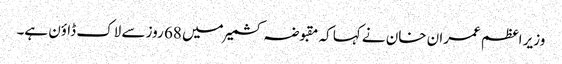
وزیر اعظم عمران خان نے کہا کہ مقبوضہ کشمیر میں 68 روز سے لاک ڈاؤن ہے۔